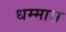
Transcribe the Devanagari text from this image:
धम्मास